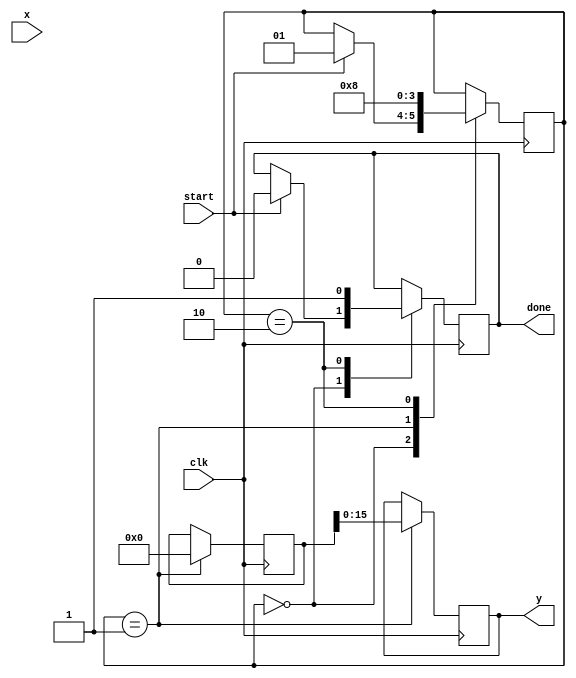
module asinh (
    input signed [15:0] x,        // Input: 16-bit signed fixed-point number
    output reg signed [15:0] y,   // Output: 16-bit signed fixed-point number
    input clk,
    input start,
    output reg done
);

    reg signed [31:0] x_squared;        // x^2 (32 bits to accommodate overflow)
    reg signed [31:0] sqrt_term;        // sqrt(x^2 + 1)
    reg signed [31:0] ln_input;         // Input for ln calculation
    reg signed [31:0] ln_output;        // Output of ln calculation
    reg [1:0] state;                   // State machine for control logic

    // State definitions
    localparam IDLE = 2'b00;
    localparam CALC = 2'b01;
    localparam DONE = 2'b10;

    // Square root and logarithm functions (to be implemented)
    function signed [31:0] sqrt(input signed [31:0] value);
        // Implement square root function here
        // This is a placeholder for demonstration
        sqrt = 0; // Replace with actual square root calculation
    endfunction

    function signed [31:0] ln(input signed [31:0] value);
        // Implement natural logarithm function here
        // This is a placeholder for demonstration
        ln = 0; // Replace with actual logarithm calculation
    endfunction

    // Sequential logic for state machine
    always @(posedge clk) begin
        case (state)
            IDLE: begin
                if (start) begin
                    // Initialize state and perform calculations
                    x_squared <= x * x; // Calculate x^2
                    state <= CALC;
                    done <= 0;
                end
            end

            CALC: begin
                // Calculate sqrt(x^2 + 1)
                sqrt_term <= sqrt(x_squared + 32'd1);
                
                // Calculate ln(x + sqrt(x^2 + 1))
                ln_input <= x + sqrt_term;
                ln_output <= ln(ln_input);
                
                // Store result
                y <= ln_output;

                // Transition to DONE state
                state <= DONE;
            end

            DONE: begin
                // Indicate completion
                done <= 1;
                state <= IDLE; // Reset to IDLE for next input
            end
        endcase
    end

endmodule